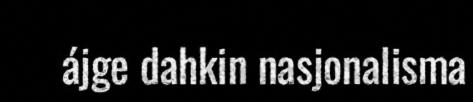
ájge dahkin nasjonalisma